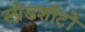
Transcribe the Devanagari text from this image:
स्प्रेडशीटों